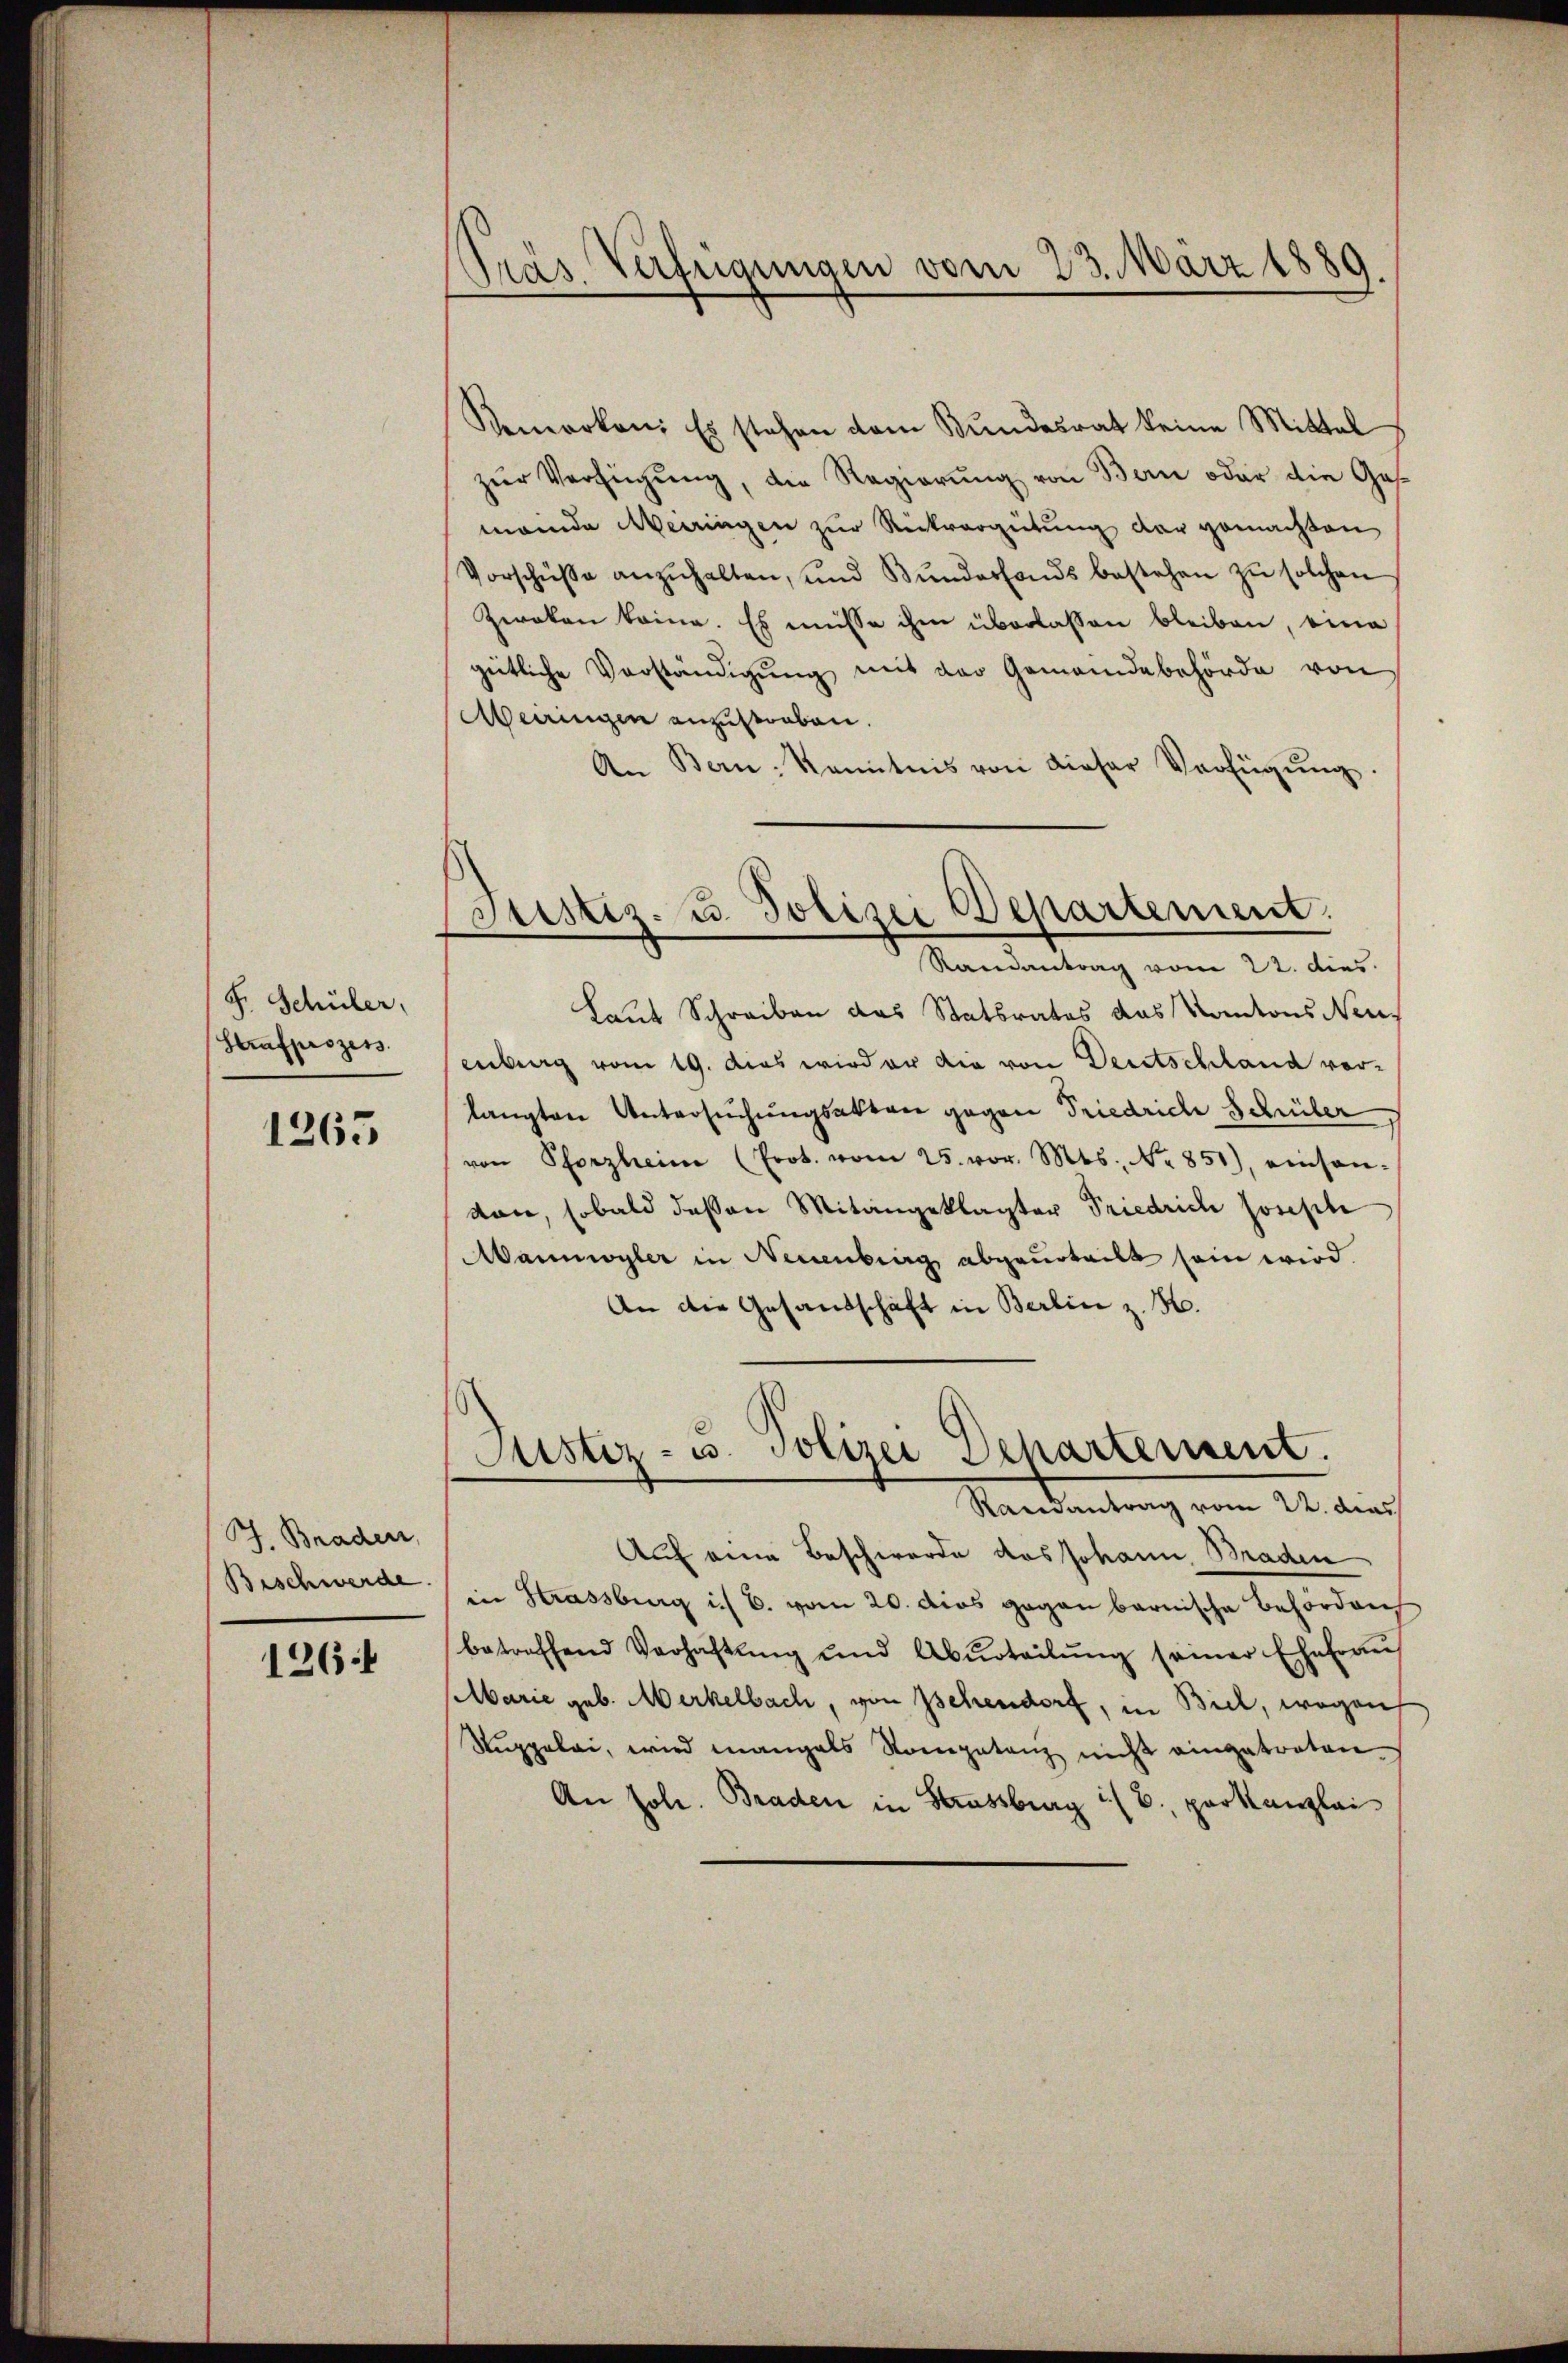
F. Schüler,
Strafprozess

1263

J. Braden,
Beschwerde.

126:

dräs Verfügungen vom 23. März 1889.

Vemerken: Es stehen dem Bundesrat keine Mittel
zŭr Verfügŭng, die Regierŭng von Bern oder die Ges.
mande Meiringen zur Rückvergütung der gemachten
Vorschüße anzŭhalten, und Bŭndesfonds bestehen zŭ solchen
Zweken keine. Es müsse ihm überlassen bleiben, eine
gütliche Verständigung mit der Gemeindebehörde von
Meiringen anzustraben.
An Bern kanntnis von dieser Verfügŭng.

Justiz- u. Polizei Departement.
Mandartung vom 22. der

Justiz- u. Polizei Departement.
Randantrag vom 22. das

Laut Schreiben das Statsrates das Kantons Neuenberg vom 19. das wird er die von Deutschland vor-
langten Untersuchungsakten gegen Friedrich Schüler
von Pforzheim (Prot. vom 25. vor. Mts. No 851), einsan-
kan, sobald deßen Mitangeklagter Friedrich Josephe
Mannwyler in Neuenburg abgeurteilt sein wird.
An die Gesandschaft in Berlin z. B.
Auf eine Beschwerde das Johann Braden
in Strassburg i. B. vom 20. dies gegen barnische Behördlich
betreffend Verhaftung und Abŭrteilŭng seiner Ehelern
Marie geb. Merkelbach, von Zehendorf, in Biel, wegen
Suppelai, wird mangals Kompetenz nicht eingetreten
An soll. Braden in Strassburg (8. parkanzlei